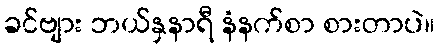
ခင်ဗျား ဘယ်နှနာရီ နံနက်စာ စားတာပဲ။